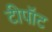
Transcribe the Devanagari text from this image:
टीपॉट